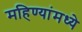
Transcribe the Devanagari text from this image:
महिण्यांमध्ये